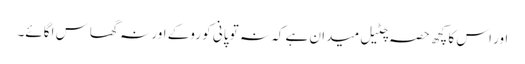
اور اس کا کچھ حصہ چٹیل میدان ہے کہ نہ تو پانی کو روکے اور نہ گھاس اگائے۔